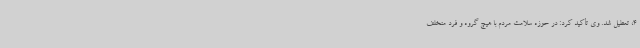
4، تعطیل شد. وی تأکید کرد: در حوزه سلامت مردم با هیچ گروه و فرد متخلف